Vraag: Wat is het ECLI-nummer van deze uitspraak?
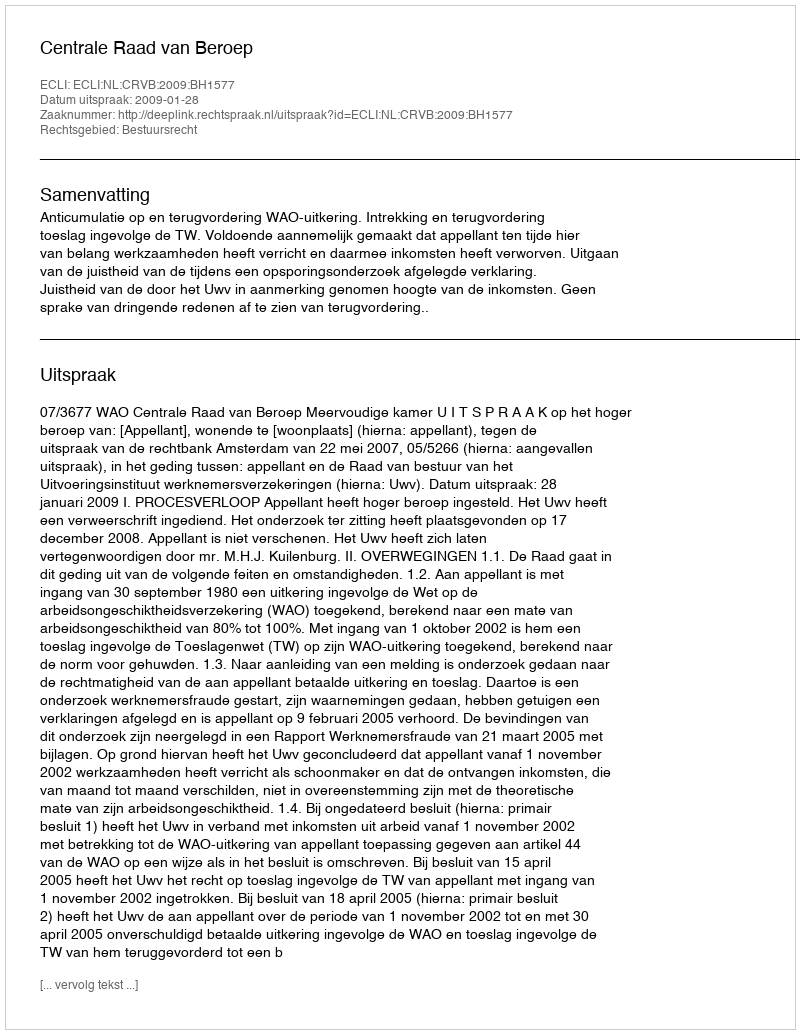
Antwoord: ECLI:NL:CRVB:2009:BH1577